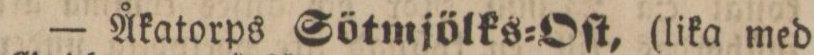
— Åkatorps Sötmjölks=Oſt, (lika med